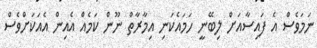
ނަމަވެސް އެ ފައިސާއަށް ލިބޭނީ ހަމައެކަނި އިމާރާތް ނޫން ކަމެއް އެއިން އެއަކަށްވެސް